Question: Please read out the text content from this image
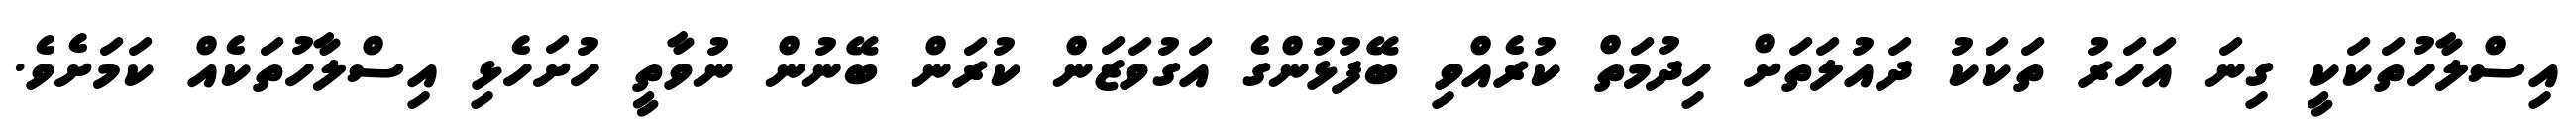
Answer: އިސްލާހުތަކަކީ ގިނަ އަހަރު ތަކަކު ދައުލަތަށް ހިދުމަތް ކުރެއްވި ބޭފުޅުންގެ އަގުވަޒަން ކުރަން ބޭނުން ނުވާތީ ހުށަހެޅި އިސްލާހުތަކެއް ކަމަށެވެ.